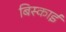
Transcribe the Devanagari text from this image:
बिस्काई